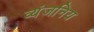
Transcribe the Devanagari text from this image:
व्यंजनिय